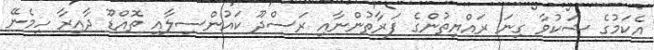
އެކަމުގެ ޝަކުވާ ގިނަ ރައްޔިތުންގެ ފަރާތުންނާއި ރަސްދޫ ކައުންސިލާއި ތޮއްޑޫ ދާއިރާ ހިމެނޭ